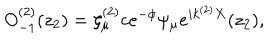
LaTeX: O _ { - 1 } ^ { ( 2 ) } ( z _ { 2 } ) = \zeta _ { \mu } ^ { ( 2 ) } c e ^ { - \phi } \psi _ { \mu } e ^ { i k ^ { ( 2 ) } X } ( z _ { 2 } ) ,